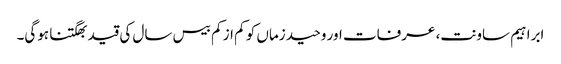
ابراہیم ساونت، عرفات اور وحید زماں کو کم از کم بیس سال کی قید بھگتنا ہوگی۔